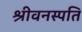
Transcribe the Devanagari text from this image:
श्रीवनस्पति